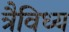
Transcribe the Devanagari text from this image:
त्रैविध्य